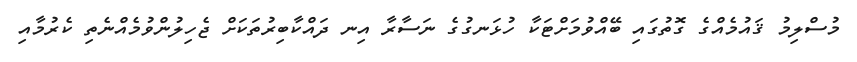
މުސްލިމު ޤައުމެއްގެ ގޮތުގައި ބޭއްވުމަށްޓަކާ ހުޅަނގުގެ ނަސާރާ އިނ ދައްކާބިރުތަކަށް ޖެހިލުންވުމެއްނެތި ކެރުމާއި